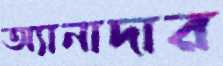
অ্যানাদার